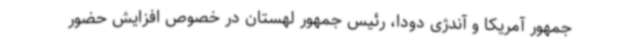
جمهور آمریکا و آندژی دودا، رئیس جمهور لهستان در خصوص افزایش حضور